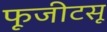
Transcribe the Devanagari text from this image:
फूजीटसू